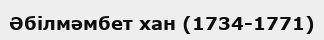
Әбілмәмбет хан (1734-1771)